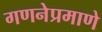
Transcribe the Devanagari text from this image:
गणनेप्रमाणे